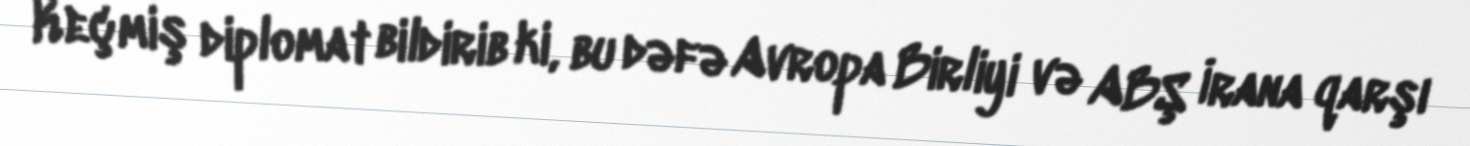
Keçmiş diplomat bildirib ki, bu dəfə Avropa Birliyi və ABŞ İrana qarşı